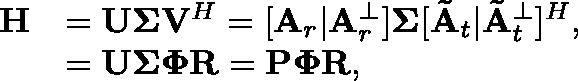
\begin{array} { r l } { \mathbf { H } } & { = \mathbf { U } \mathbf { \Sigma } \mathbf { V } ^ { H } = [ \mathbf { A } _ { r } | \mathbf { A } _ { r } ^ { \perp } ] \mathbf { \Sigma } [ \mathbf { \tilde { A } } _ { t } | \mathbf { \tilde { A } } _ { t } ^ { \perp } ] ^ { H } , } \\ & { = \mathbf { U } \mathbf { \Sigma } \mathbf { \Phi } \mathbf { R } = \mathbf { P } \mathbf { \Phi } \mathbf { R } , } \end{array}